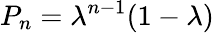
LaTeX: P_{n}=\lambda^{n-1}(1-\lambda)